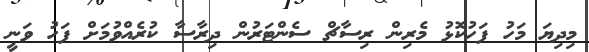
މިދިޔަ މަހު ފަހުކޮޅު މެރިން ރިސާޗް ސެންޓަރުން ދިރާސާ ކުރެއްވުމަށް ފަހު ވަނީ